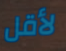
لأقل